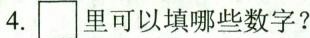
4.□里可以填哪些数字?